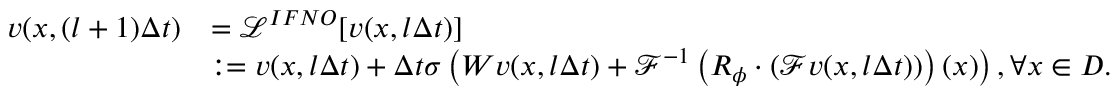
\begin{array} { r l } { { v } ( x , ( l + 1 ) \Delta t ) } & { = \mathcal { L } ^ { I F N O } [ { v } ( { x } , l \Delta t ) ] } \\ & { : = { v } ( { x } , l \Delta t ) + \Delta t \sigma \left( W { v } ( { x } , l \Delta t ) + \mathcal { F } ^ { - 1 } \left( R _ { \phi } \cdot \left( \mathcal { F } { v } ( { x } , l \Delta t ) \right) \right) ( x ) \right) , \forall x \in D . } \end{array}